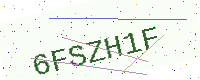
Text: 6FSZH1F